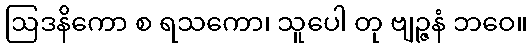
ဩဒနိကော စ ရသကော၊ သူပေါ တု ဗျဉ္ဇနံ ဘဝေ။